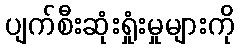
ပျက်စီးဆုံးရှုံးမှုများကို